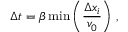
\Delta t = \beta \, \mathrm { m i n } \left( \frac { \Delta x _ { i } } { v _ { 0 } } \right) \, ,